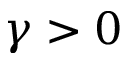
\gamma > 0